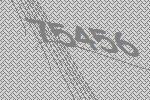
75456